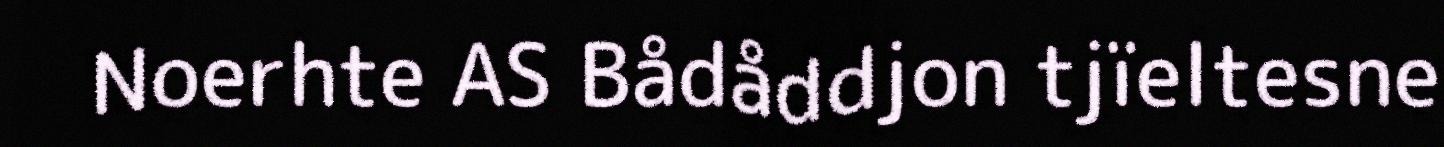
Noerhte AS Bådåddjon tjïeltesne